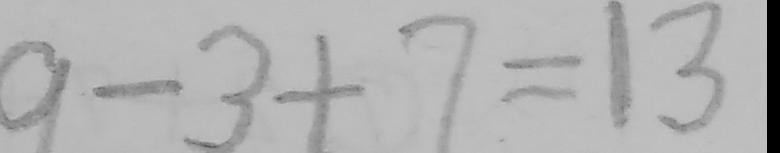
9 - 3 + 7 = 1 3